Civil Veterinary Dept. North-West Frontier Province 1923-32 - 1923-1932
Year: 1923
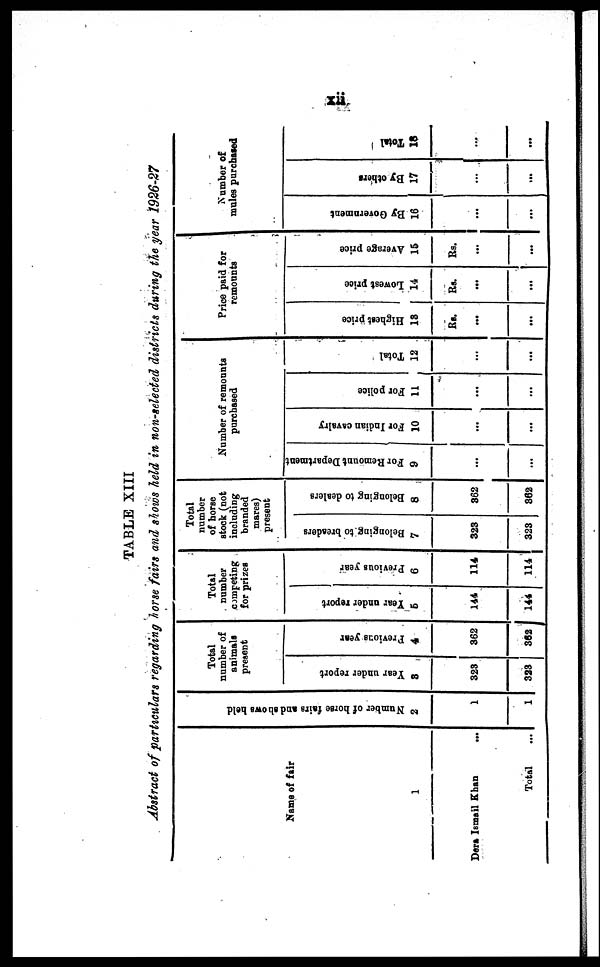
xii
TABLE XIII
Abstract of particulars regarding horse fairs and shows held in non-selected districts during the year 1926-27
Name of fair
1
Dera Ismail Khan
...
Total ...
Nu mb e r of hor se fai rs and s h o ws hel d
2
1
1
Total
number of
animals
present
Year under report
3
323
323
Previous year
4
362
362
Total
number
competing
for prizes
Year
under report
5
144
144
Previous year
6
114
114
Total
number
of horse
stock (not
including
branded
mares)
present
Belonging to breaders
7
323
323
Belonging to dealers
8
362
362
Number of
remounts
purchased
For Remount Department
9
...
...
For Indian cavalry
10
...
...
For police
11
...
...
Total
12
...
...
Price paid for
remounts
Highest price
13
Rs.
...
...
Lowest price
14
Rs.
...
...
Average price
15
Rs.
...
...
Number of
mules purchased
By Government
16
...
...
By others
17
...
...
Total
18
...
...